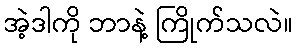
အဲ့ဒါကို ဘာနဲ့ ကြိုက်သလဲ။